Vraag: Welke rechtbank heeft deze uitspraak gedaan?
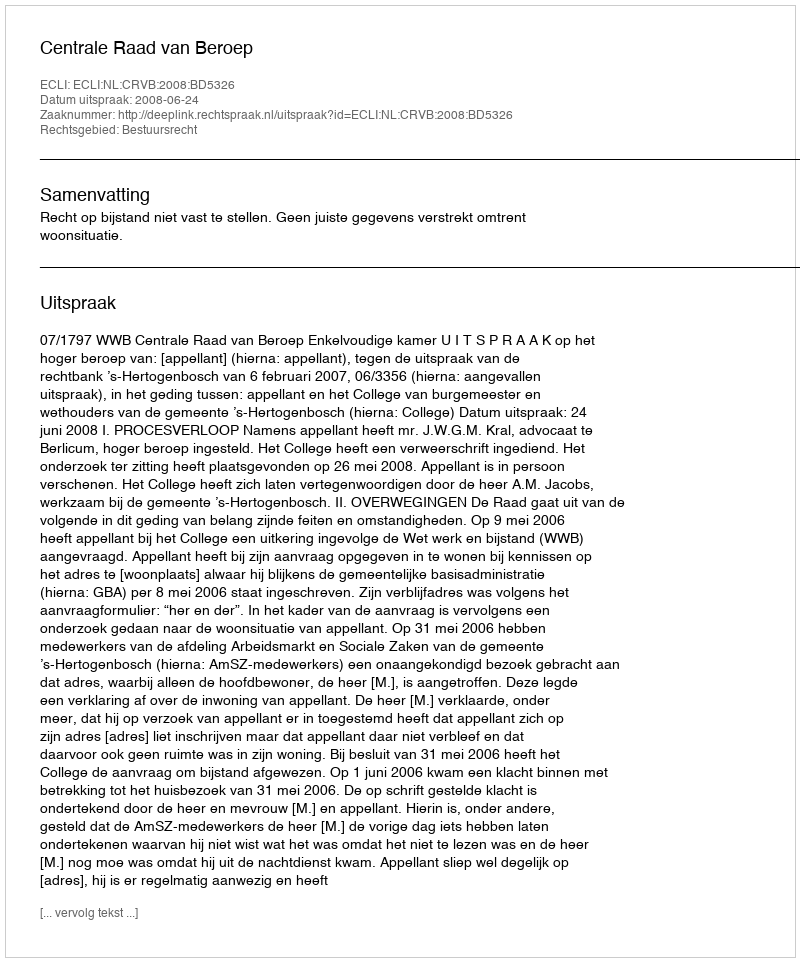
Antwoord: Centrale Raad van Beroep